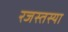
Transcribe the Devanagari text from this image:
रजस्तस्या